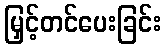
မြှင့်တင်ပေးခြင်း